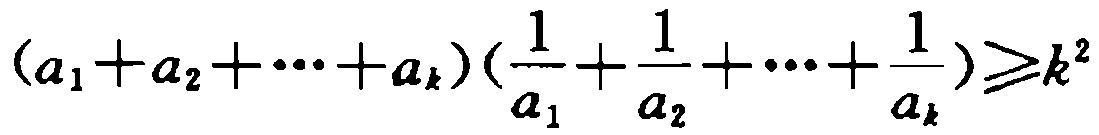
\((a_{1}+a_{2}+\cdots +a_{k})\left(\frac{1}{a_{1}}+\frac{1}{a_{2}}+\cdots +\frac{1}{a_{k}}\right)\geq k^{2}\)